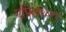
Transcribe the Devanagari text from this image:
एप्रिल२०११